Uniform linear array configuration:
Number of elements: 24
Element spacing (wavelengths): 0.75
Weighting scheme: hann
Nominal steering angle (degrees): -60
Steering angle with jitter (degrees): -60.869
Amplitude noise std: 0.05
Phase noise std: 0.05

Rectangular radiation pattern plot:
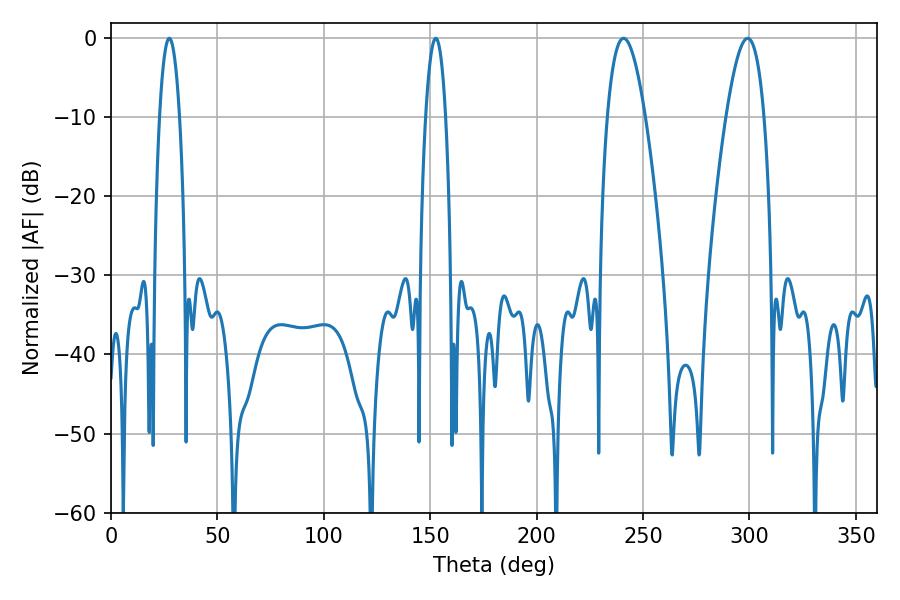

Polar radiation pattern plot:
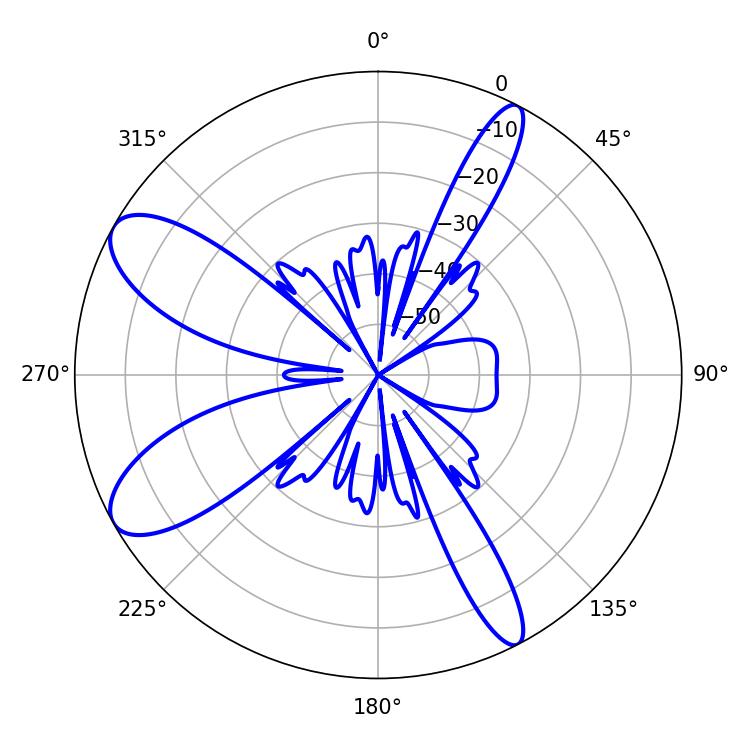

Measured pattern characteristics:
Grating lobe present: TRUE
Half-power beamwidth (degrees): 9.72
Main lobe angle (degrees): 240.84